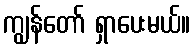
ကျွန်တော် ရှာပေးမယ်။